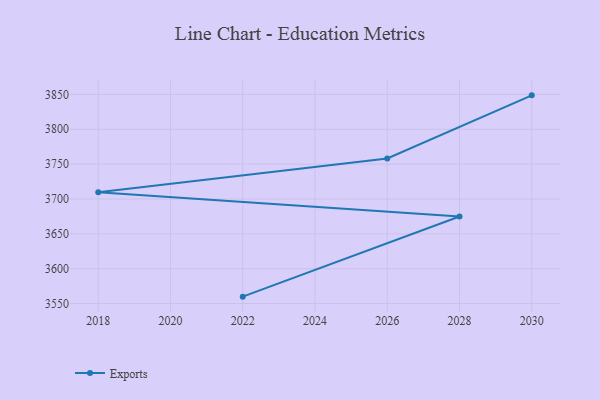
{"axis": {"x": "Year", "y": "Production Output"}, "legend": ["Exports"], "data": [{"x": "2030", "y": 3848.7, "type": "Exports"}, {"x": "2026", "y": 3758.1, "type": "Exports"}, {"x": "2018", "y": 3709.7, "type": "Exports"}, {"x": "2028", "y": 3674.9, "type": "Exports"}, {"x": "2022", "y": 3559.9, "type": "Exports"}]}